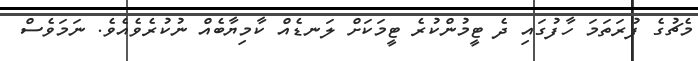
މެޗުގެ ފުރަތަމަ ހާފުުގައި ދެ ޓީމުންކުރެ ޓީމަކަށް ލަނޑެއް ކާމިޔާބެއް ނުކުރެވެއެވެ. ނަމަވެސް